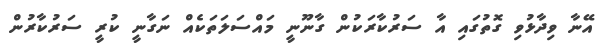
އޭނާ ވިދާޅުވި ގޮތުގައި އާ ސަރުކާރަކުން ގާނޫނީ މައްސަލަތަކެއް ނަގާނީ ކުރީ ސަރުކާރުން